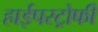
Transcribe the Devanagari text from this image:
हाईपरट्रोफी